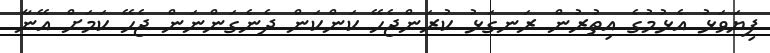
ފިޔަވަޅު އެޅުމުގެ އިތުރުން ރަނގަޅު ކުރަންޖެހޭ ކަންކަން ދެނެގަންނަން ޖެހޭ ކަމަށް އޭނާ